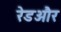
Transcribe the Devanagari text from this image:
रेडऔर